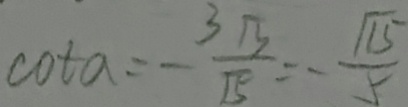
\cot \alpha = - \frac { 3 \sqrt { 3 } } { \sqrt { 5 } } = - \frac { \sqrt { 1 5 } } { 5 }